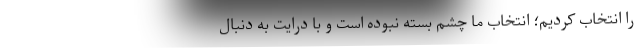
را انتخاب کردیم؛ انتخاب ما چشم بسته نبوده است و با درایت به دنبال